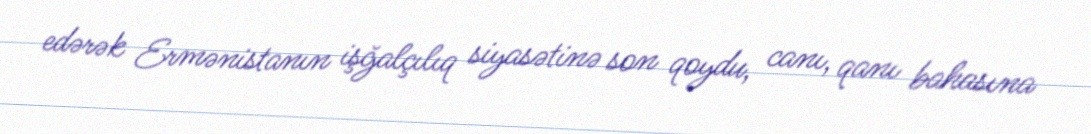
edərək Ermənistanın işğalçılıq siyasətinə son qoydu, canı, qanı bahasına